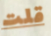
قلت